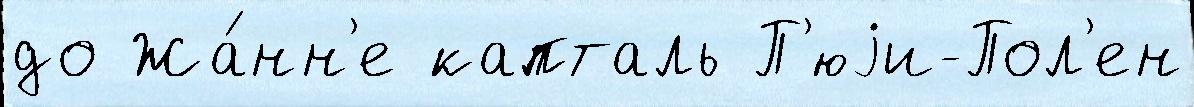
до Жа́нн'е капталь П'юjи-Пол'ен